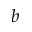
^ { b }